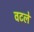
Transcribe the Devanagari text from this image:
वटले